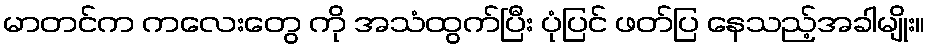
မာတင်က ကလေးတွေ ကို အသံထွက်ပြီး ပုံပြင် ဖတ်ပြ နေသည့်အခါမျိုး။